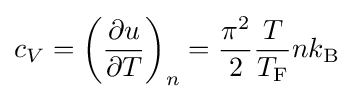
c_{V}=\left({\frac {\partial u}{\partial T}}\right)_{n}={\frac {\pi ^{2}}{2}}{\frac {T}{T_{\rm {F}}}}nk_{\rm {B}}